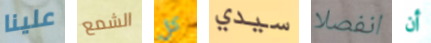
علينا الشمع كل سيدي انفصلا أن